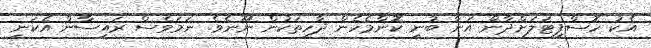
އެކު ހޮސްޕިޓަލަށްދާން އަނާ ބުނީ ކޮންމެހެން ދާހިތަކުން ނޫނެވެ. ނަމަވެސް ރައިސާން އެކަނި